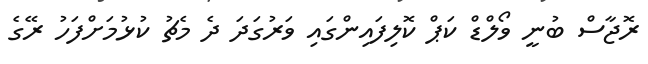
ރޮޖާސް ބުނީ ވޯލްޑް ކަޕް ކޮލިފައިންގައި ވަރުގަދަ ދެ މެޗު ކުޅުމަށްފަހު ރޭގެ